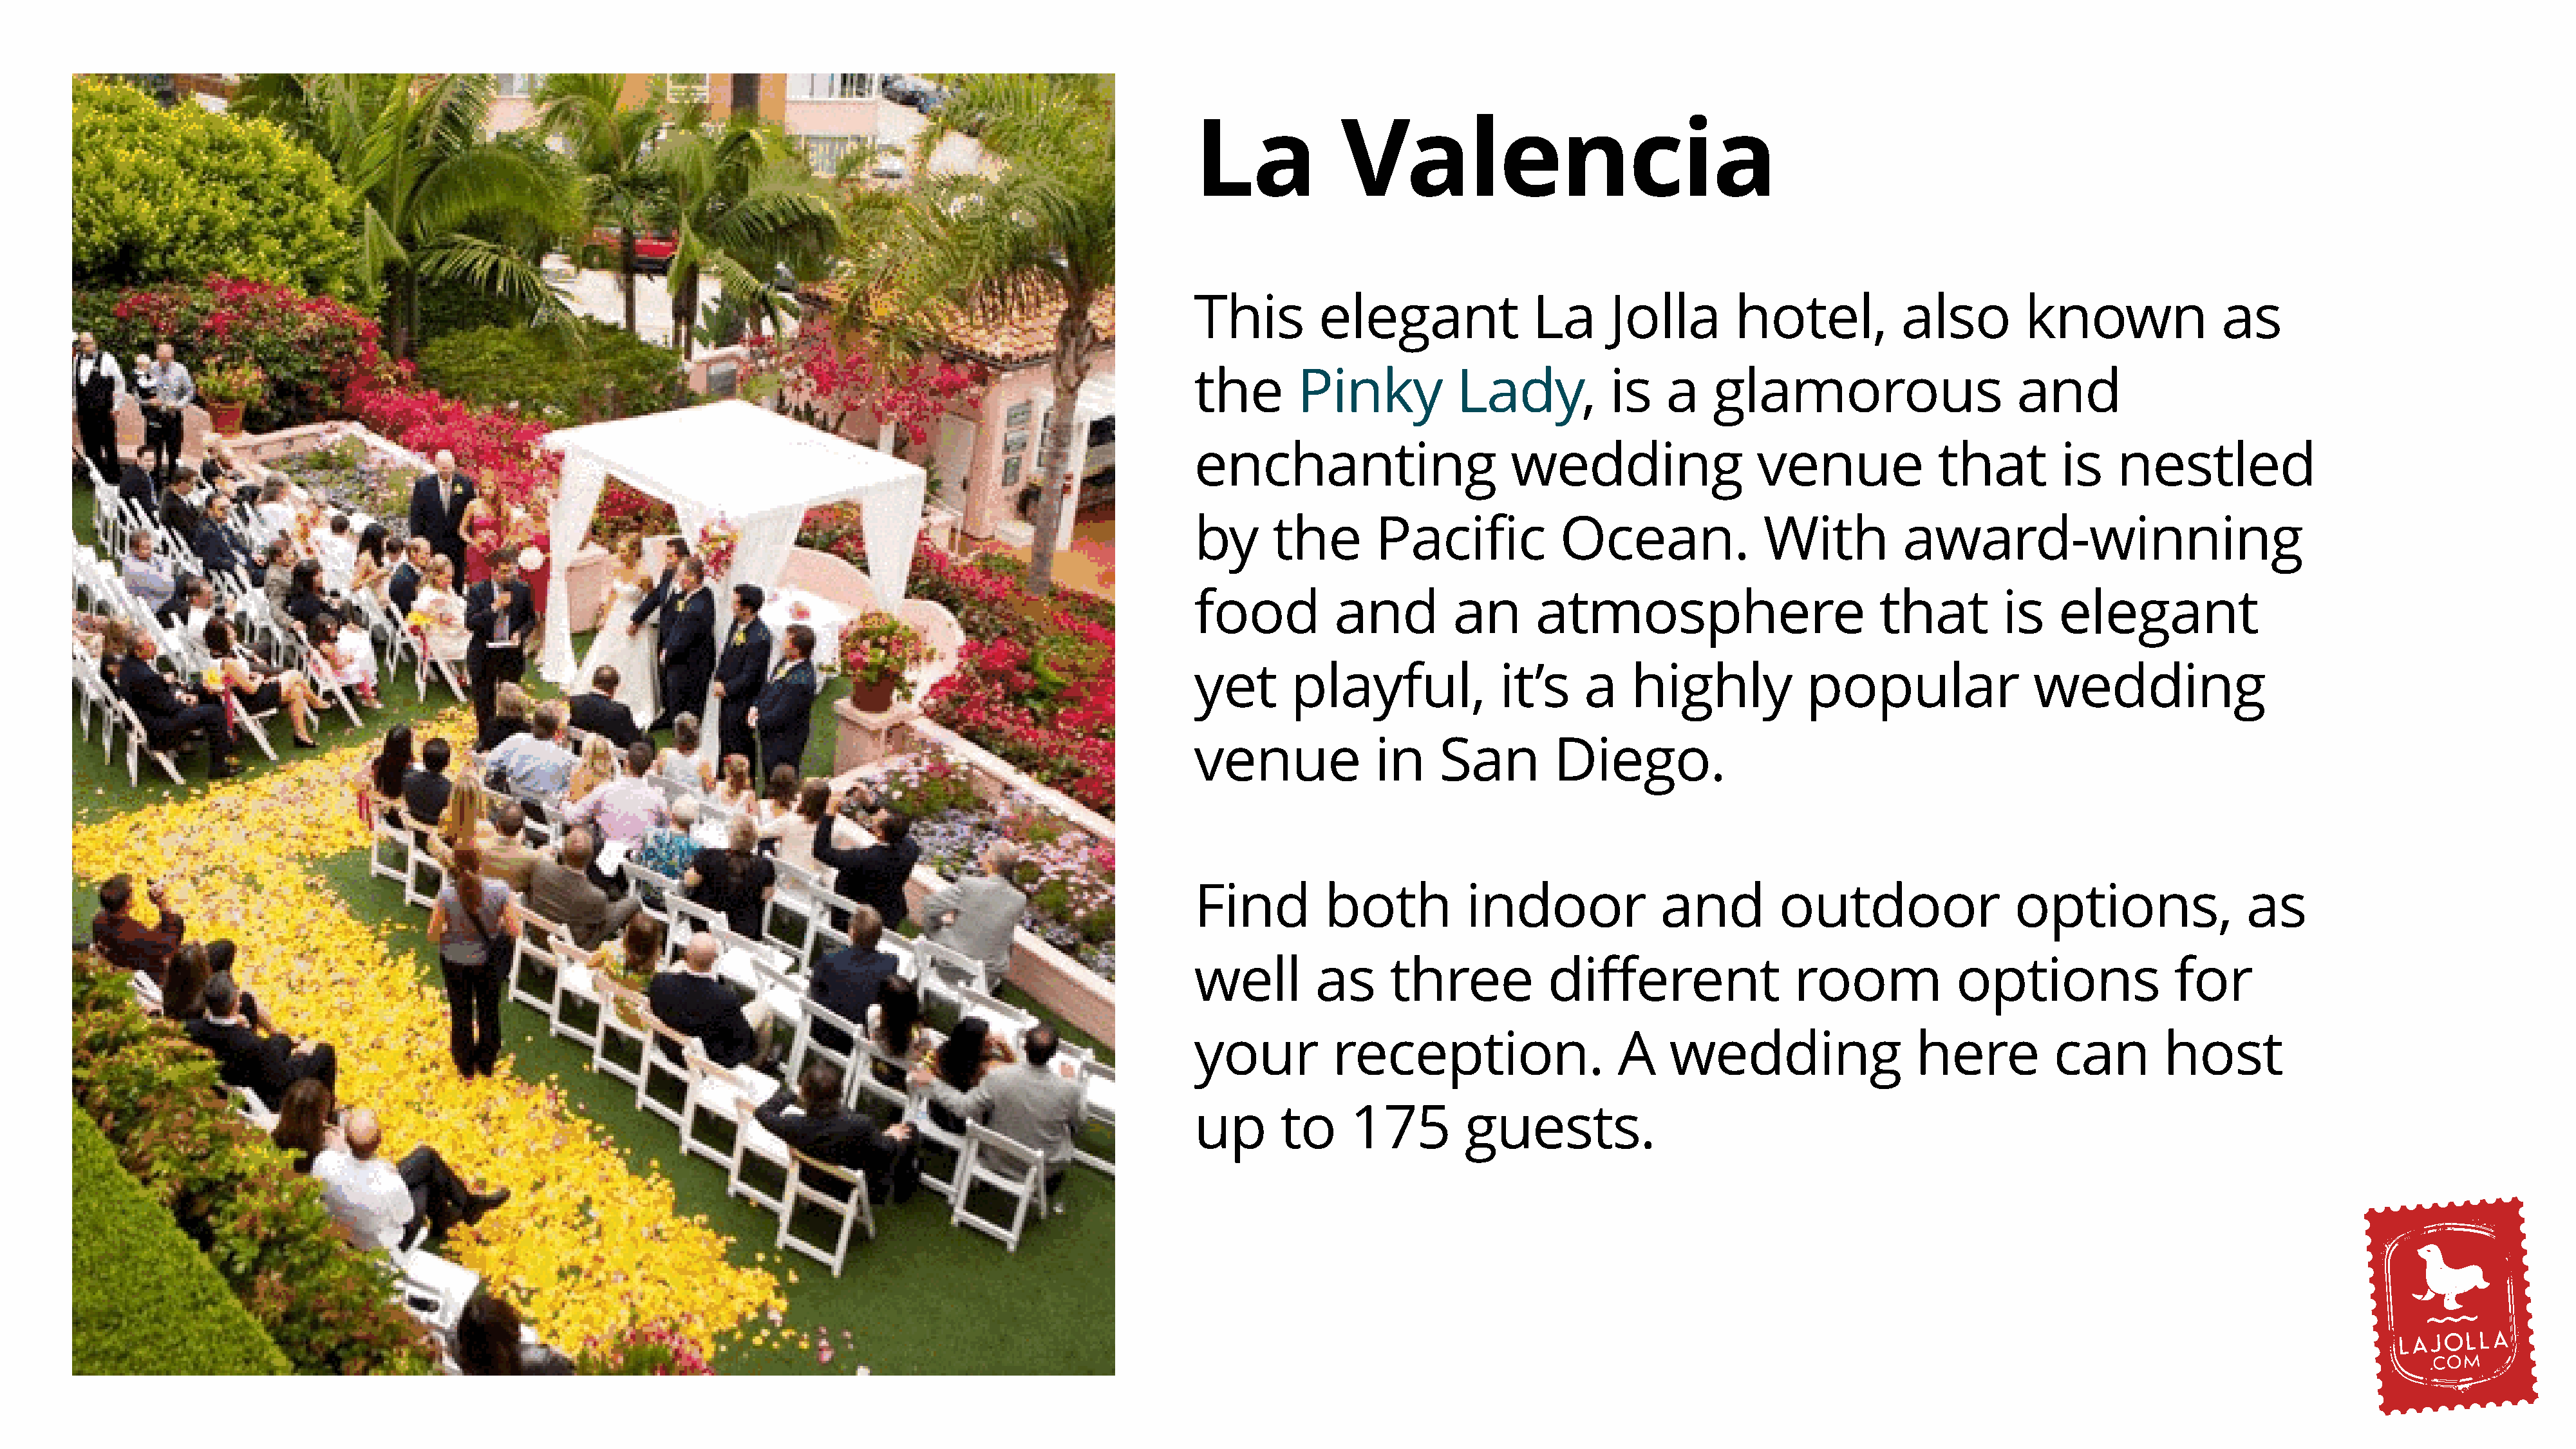
La             Valencia
 This         elegant               La     Jolla        hotel,           also         known               as
 the       Pinky            Lady,          is    a    glamorous                      and
 enchanting                      wedding                   venue             that         is    nestled
 by      the       Pacific            Ocean.               With           award-winning
 food          and         an       atmosphere                         that         is    elegant
 yet       playful,             it’s     a    highly            popular                wedding
 venue             in     San         Diego.
 Find         both           indoor              and         outdoor                 options,                as
 well        as      three           different                room             options                for
 your          reception.                   A     wedding                  here          can        host
 up       to     175         guests.